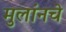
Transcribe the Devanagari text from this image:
मुलांनचे